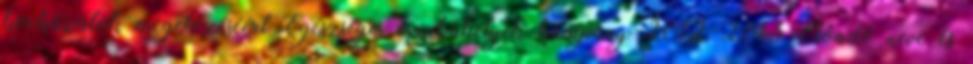
kockázatok megelőzéséért Egészséges munkahelyek kampány 2012–2013 Előadó neve és